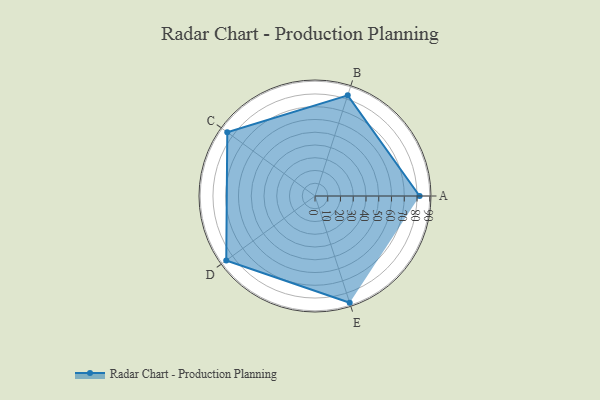
{"axis": {"x": "Skill", "y": "Score"}, "legend": ["Profile"], "data": [{"x": "A", "y": 82.0, "type": "Profile"}, {"x": "B", "y": 83.0, "type": "Profile"}, {"x": "C", "y": 85.0, "type": "Profile"}, {"x": "D", "y": 86.0, "type": "Profile"}, {"x": "E", "y": 88.0, "type": "Profile"}]}